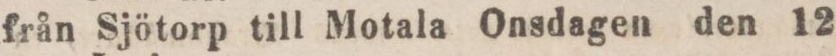
från Sjötorp till Motala Onsdagen den 12